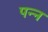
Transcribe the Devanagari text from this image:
पन्न